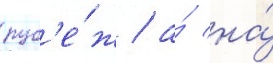
руб'е́ж / а́ на́